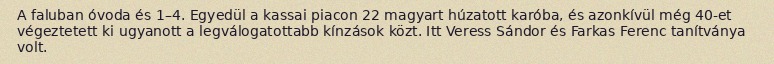
A faluban óvoda és 1–4. Egyedül a kassai piacon 22 magyart húzatott karóba, és azonkívül még 40-et végeztetett ki ugyanott a legválogatottabb kínzások közt. Itt Veress Sándor és Farkas Ferenc tanítványa volt.